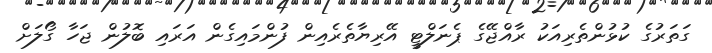
ގަތަރުގެ ކުޅުންތެރިއަކު ރާއްޖޭގެ ޕެނަލްޓީ އޭރިޔާތެރެއިން ފުންމައިގެން އަރައި ބޮލުން ޖަހާ ގޯލަށް